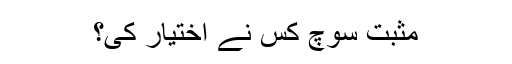
مثبت سوچ کس نے اختیار کی؟